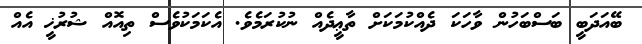
ބޭއަދަބީ ބަސްބަހުން ވާހަކަ ދެއްކުމަކަށް ތާޢީދެއް ނުކުރަމެވެ. އެކަމަކުވެސް ތިއޮއް ޝުރުޚީ އެއް